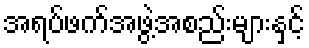
အရပ်ဖက်အဖွဲ့အစည်းများနှင့်